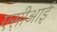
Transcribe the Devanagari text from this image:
एस़ीआई